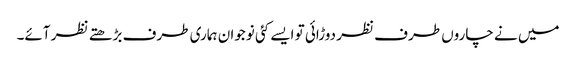
میں نے چاروں طرف نظر دوڑائی تو ایسے کئی نوجوان ہماری طرف بڑھتے نظر آئے۔